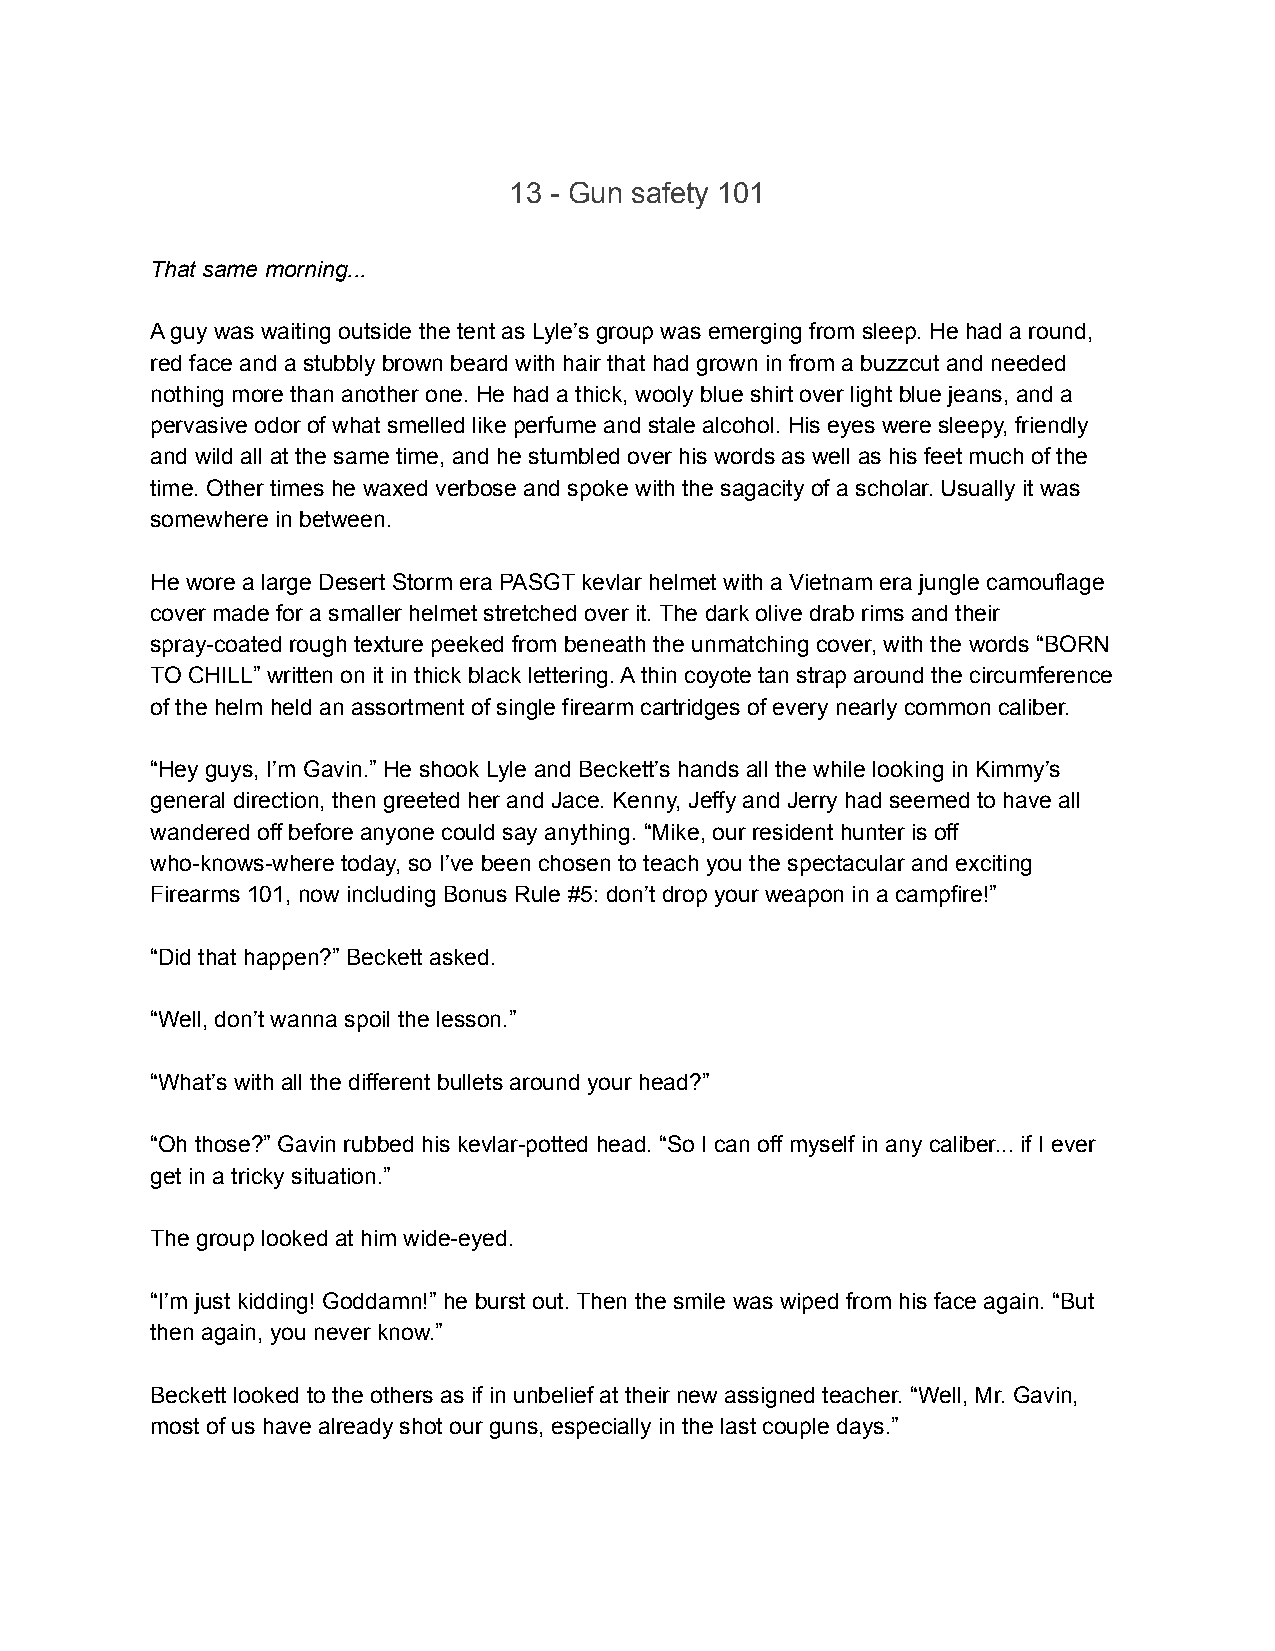
13 - Gun safety 101
 That same morning...
 A guy was waiting outside the tent as Lyle’s group was emerging from sleep. He had a round,
 red face and a stubbly brown beard with hair that had grown in from a buzzcut and needed
 nothing more than another one. He had a thick, wooly blue shirt over light blue jeans, and a
 pervasive odor of what smelled like perfume and stale alcohol. His eyes were sleepy, friendly
 and wild all at the same time, and he stumbled over his words as well as his feet much of the
 time. Other times he waxed verbose and spoke with the sagacity of a scholar. Usually it was
 somewhere in between.
 He wore a large Desert Storm era PASGT kevlar helmet with a Vietnam era jungle camouflage
 cover made for a smaller helmet stretched over it. The dark olive drab rims and their
 spray-coated rough texture peeked from beneath the unmatching cover, with the words “BORN
 TO CHILL” written on it in thick black lettering. A thin coyote tan strap around the circumference
 of the helm held an assortment of single firearm cartridges of every nearly common caliber.
 “Hey guys, I’m Gavin.” He shook Lyle and Beckett’s hands all the while looking in Kimmy’s
 general direction, then greeted her and Jace. Kenny, Jeffy and Jerry had seemed to have all
 wandered off before anyone could say anything. “Mike, our resident hunter is off
 who-knows-where today, so I’ve been chosen to teach you the spectacular and exciting
 Firearms 101, now including Bonus Rule #5: don’t drop your weapon in a campfire!”
 “Did that happen?” Beckett asked.
 “Well, don’t wanna spoil the lesson.”
 “What’s with all the different bullets around your head?”
 “Oh those?” Gavin rubbed his kevlar-potted head. “So I can off myself in any caliber... if I ever
 get in a tricky situation.”
 The group looked at him wide-eyed.
 “I’m just kidding! Goddamn!” he burst out. Then the smile was wiped from his face again. “But
 then again, you never know.”
 Beckett looked to the others as if in unbelief at their new assigned teacher. “Well, Mr. Gavin,
 most of us have already shot our guns, especially in the last couple days.”